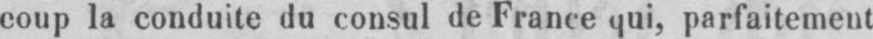
coup la conduite du consul de France qui, parfaitement